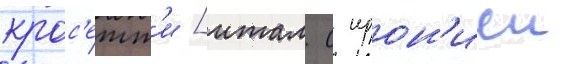
крос'етт'и [итал. с ирон'иеи